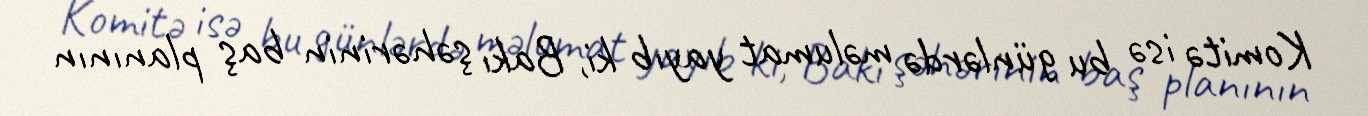
Komitə isə bu günlərdə məlumat yayıb ki, Bakı şəhərinin baş planının